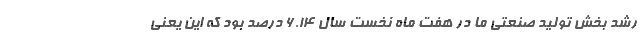
رشد بخش تولید صنعتی ما در هفت ماه نخست سال ۶.۱۴ درصد بود که این یعنی